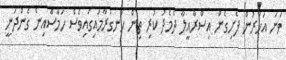
ވަނަ އަހަރުން ފެށިގެން އިސްރާއީލާ ދެމެދު ކުރި ތިން ހަނގުރާމައިގައިވެސް ހަމާސްއިން ގެންދަނީ